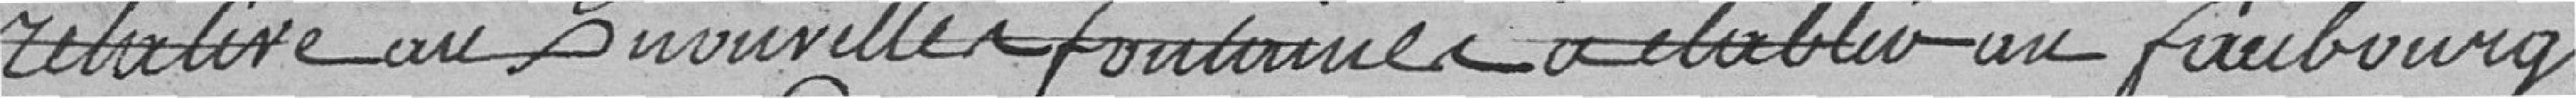
relative aux nouvelles fontaines à établir au faubourg